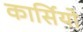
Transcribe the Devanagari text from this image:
कार्सियो